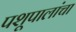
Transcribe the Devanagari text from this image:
पशूपालांचा